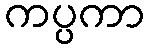
ကပ္ပကာ